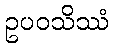
ဥပဝသိဿံ